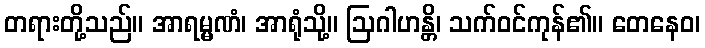
တရားတို့သည်။ အာရမ္မဏံ၊ အာရုံသို့။ ဩဂါဟန္တိ၊ သက်ဝင်ကုန်၏။ တေနေဝ၊